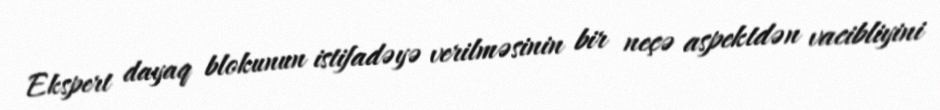
Ekspert dayaq blokunun istifadəyə verilməsinin bir neçə aspektdən vacibliyini